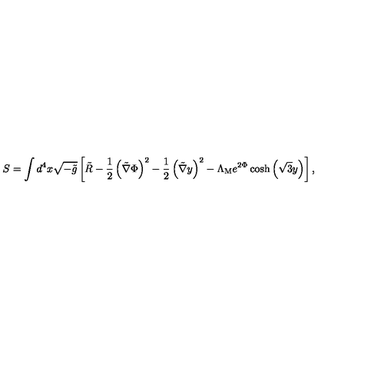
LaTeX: S = \int d ^ { 4 } x \sqrt { - \tilde { g } } \left[ \tilde { R } - \frac { 1 } { 2 } \left( \tilde { \nabla } \Phi \right) ^ { 2 } - \frac { 1 } { 2 } \left( \tilde { \nabla } y \right) ^ { 2 } - \Lambda _ { \mathrm { M } } e ^ { 2 \Phi } \cosh \left( \sqrt { 3 } y \right) \right] ,